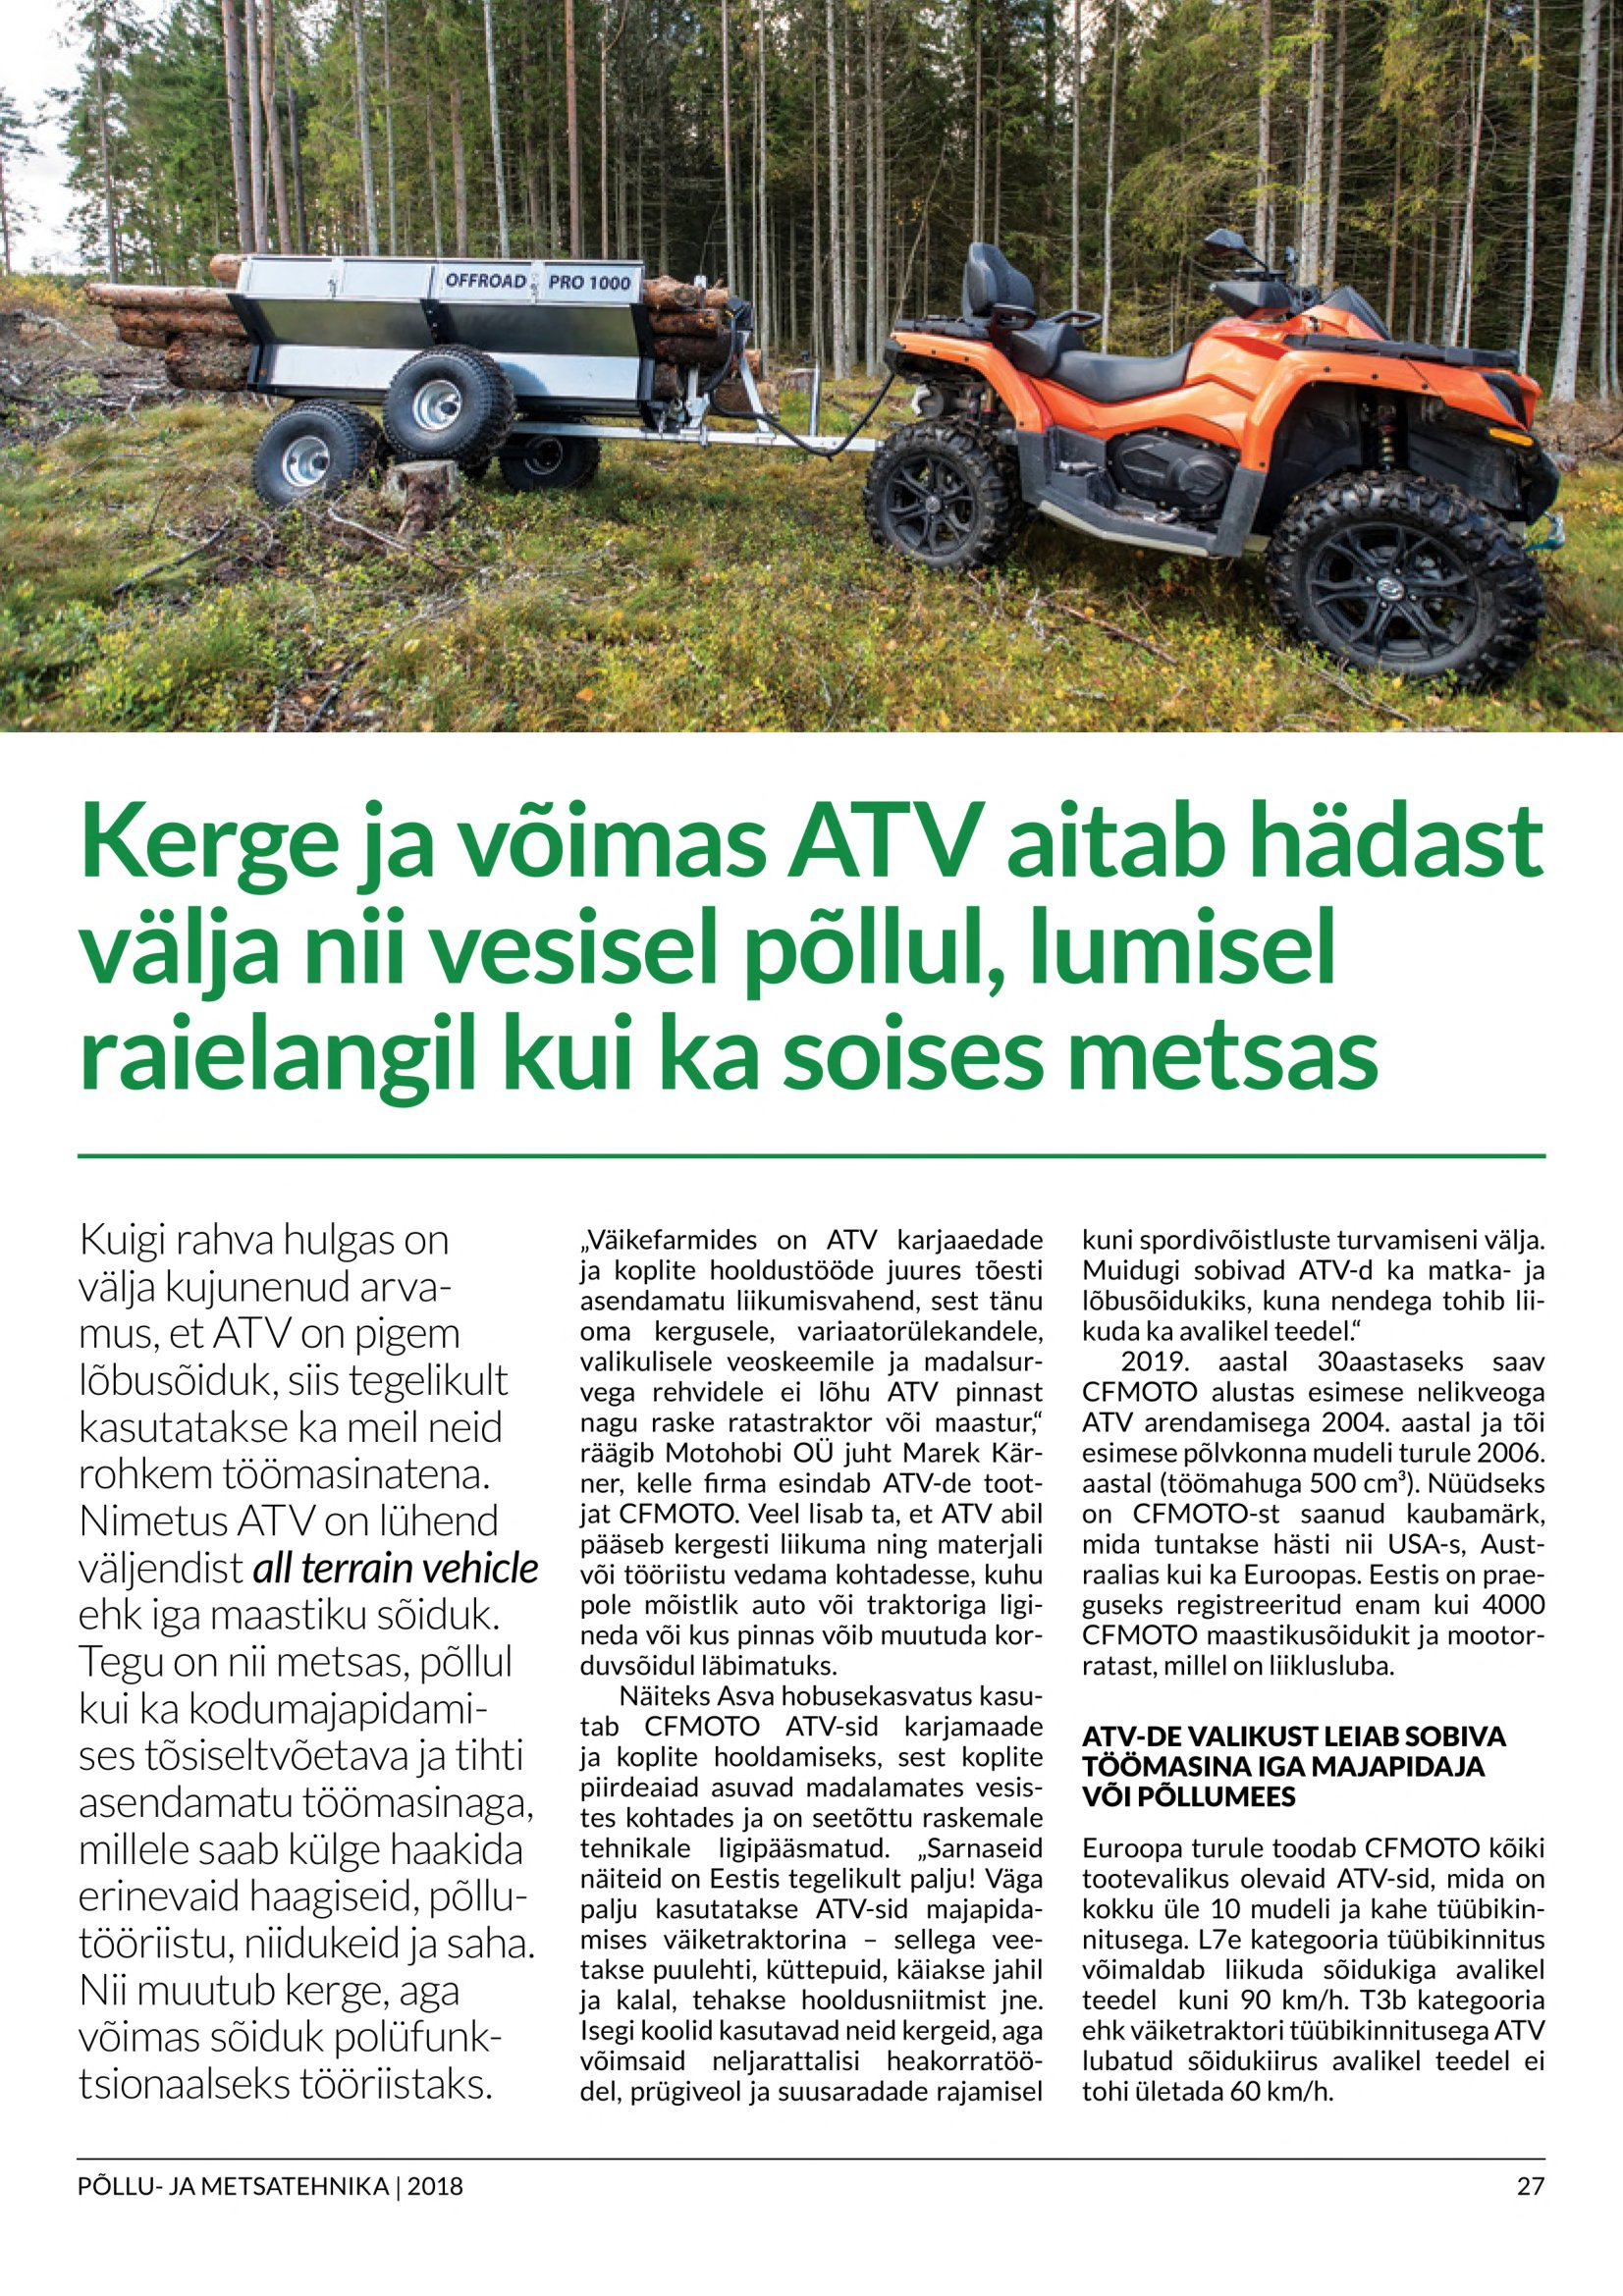
Language: et